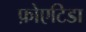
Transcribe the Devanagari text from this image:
फ़ोएटिडा